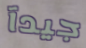
جيدآ